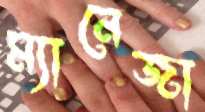
ম্যানেজা